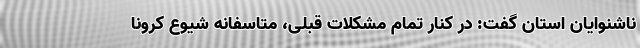
ناشنوایان استان گفت: در کنار تمام مشکلات قبلی، متاسفانه شیوع کرونا